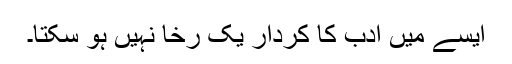
ایسے میں ادب کا کردار یک رخا نہیں ہو سکتا۔